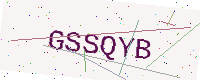
Text: GSSQYB